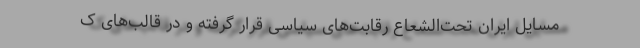
مسایل ایران تحت‌الشعاع رقابت‌های سیاسی قرار گرفته و در قالب‌های ک